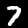
Label: 7